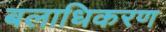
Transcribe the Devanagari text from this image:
बलाधिकरण